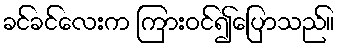
ခင်ခင်လေးက ကြားဝင်၍ပြောသည်။